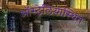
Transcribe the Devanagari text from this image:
ऑस्ट्रेलियास्थित